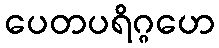
ပေတပရိဂ္ဂဟေ